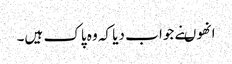
انھوںنے جوا ب دیا کہ وہ پاک ہیں۔